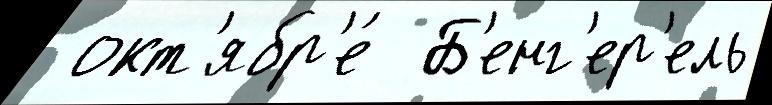
 окт'ябр'е́  Б'енг'ер'ель